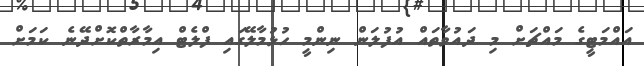
އައްމަޓީގެ މައްޗަށް މި ދައުވާތައް އުފުލަން ނިންމީ ހުޅުމާލޭގައި ފްލެޓް އިމާރާތްކޮށްދޭނެ ކަމަށް